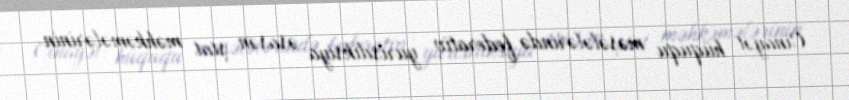
Cinayət hüququ məsələlərində federativ yurisdiksiya əsasən ştat məhkəmələrinin